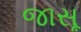
જાસૂ